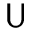
\mathsf { U }